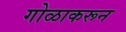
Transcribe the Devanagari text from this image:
गोळाकरून